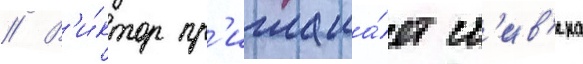
// В'и́ктор пр'иглаша́ет ст'ив'ена